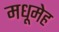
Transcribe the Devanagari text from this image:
मधूमेह